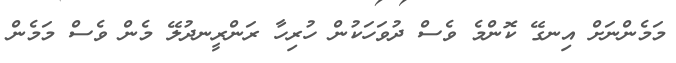
މަމެންނަށް އިނގޭ ކޮންމެ ވެސް ދުވަހަކުން ހުރިހާ ރަންރީނދުލޭ މެން ވެސް މަމެން